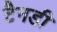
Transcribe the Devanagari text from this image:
टैनडी